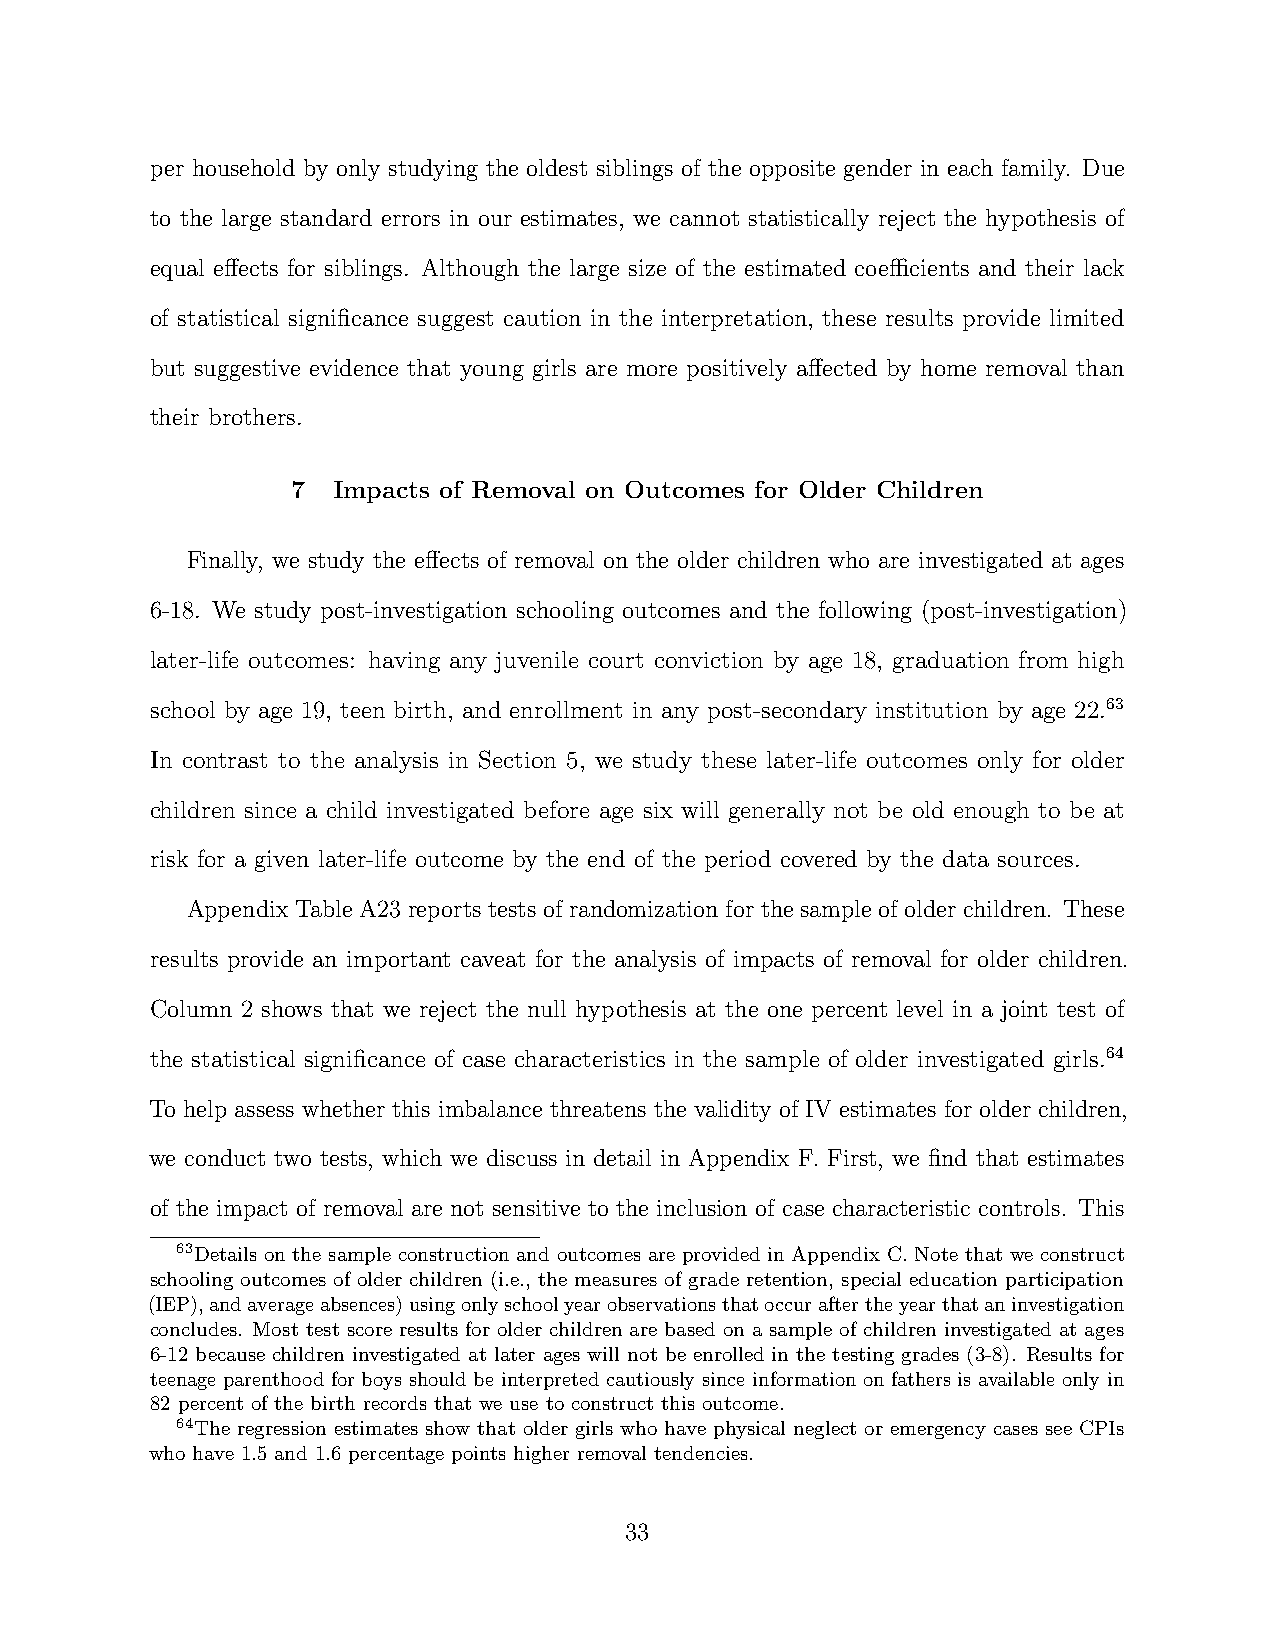
per household by only studying the oldest siblings of the opposite gender in each family. Due
 to the large standard errors in our estimates, we cannot statistically reject the hypothesis of
 equal effects for siblings. Although the large size of the estimated coefficients and their lack
 of statistical significance suggest caution in the interpretation, these results provide limited
 but suggestive evidence that young girls are more positively affected by home removal than
 their brothers.
 7  Impacts of Removal on Outcomes for Older Children
 Finally, we study the effects of removal on the older children who are investigated at ages
 6-18. We study post-investigation schooling outcomes and the following (post-investigation)
 later-life outcomes: having any juvenile court conviction by age 18, graduation from high
 school by age 19, teen birth, and enrollment in any post-secondary institution by age 22.63
 In contrast to the analysis in Section 5, we study these later-life outcomes only for older
 children since a child investigated before age six will generally not be old enough to be at
 risk for a given later-life outcome by the end of the period covered by the data sources.
 Appendix Table A23 reports tests of randomization for the sample of older children. These
 results provide an important caveat for the analysis of impacts of removal for older children.
 Column 2 shows that we reject the null hypothesis at the one percent level in a joint test of
 the statistical significance of case characteristics in the sample of older investigated girls.64
 To help assess whether this imbalance threatens the validity of IV estimates for older children,
 we conduct two tests, which we discuss in detail in Appendix F. First, we find that estimates
 of the impact of removal are not sensitive to the inclusion of case characteristic controls. This
 63Details on the sample construction and outcomes are provided in Appendix C. Note that we construct
 schooling outcomes of older children (i.e., the measures of grade retention, special education participation
 (IEP),andaverageabsences)usingonlyschoolyearobservationsthatoccuraftertheyearthataninvestigation
 concludes. Most test score results for older children are based on a sample of children investigated at ages
 6-12 because children investigated at later ages will not be enrolled in the testing grades (3-8). Results for
 teenage parenthood for boys should be interpreted cautiously since information on fathers is available only in
 82 percent of the birth records that we use to construct this outcome.
 64The regression estimates show that older girls who have physical neglect or emergency cases see CPIs
 who have 1.5 and 1.6 percentage points higher removal tendencies.
 33